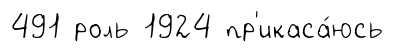
491 роль 1924 пр'икаса́юсь